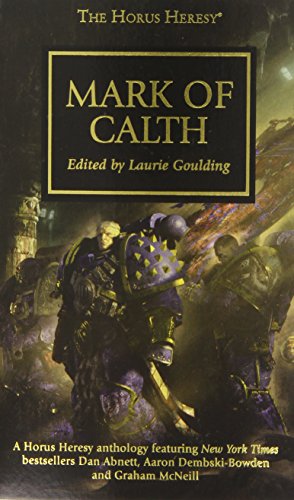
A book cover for Mark of Calth (The Horus Heresy); Science Fiction & Fantasy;